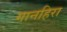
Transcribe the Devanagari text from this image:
गानहिरा